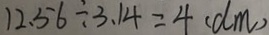
1 2 . 5 6 \div 3 . 1 4 = 4 ( d m )